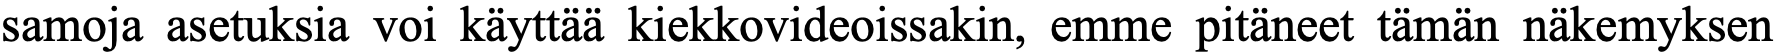
samoja asetuksia voi käyttää kiekkovideoissakin, emme pitäneet tämän näkemyksen